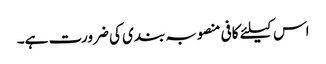
اس کیلئے کافی منصوبہ بندی کی ضرورت ہے۔